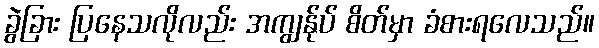
ခွဲခြား ပြနေသလိုလည်း အကျွန်ုပ် စိတ်မှာ ခံစားရလေသည်။